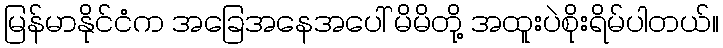
မြန်မာနိုင်ငံက အခြေအနေအပေါ် မိမိတို့ အထူးပဲစိုးရိမ်ပါတယ်။